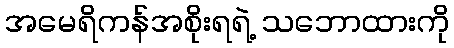
အမေရိကန်အစိုးရရဲ့ သဘောထားကို